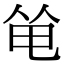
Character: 𠉒